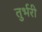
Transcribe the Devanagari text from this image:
तुर्भरी